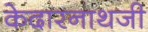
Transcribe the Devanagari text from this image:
केदारनाथजी